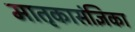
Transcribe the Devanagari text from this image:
मातृकासंज्ञिका